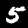
Label: 5